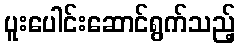
ပူးပေါင်းဆောင်ရွက်သည့်